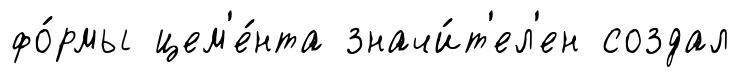
фо́рмы цем'е́нта значи́т'ел'ен создал